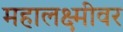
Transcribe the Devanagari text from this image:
महालक्ष्मीवर